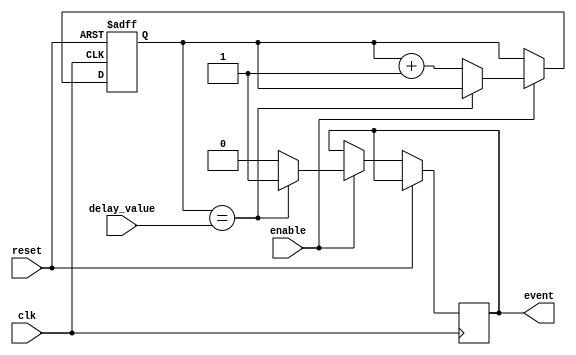
module event_timer (
    input wire clk, // Clock signal
    input wire reset, // Reset signal
    input wire enable, // Enable signal
    input wire [31:0] delay_value, // Time delay value
    output reg event // Event signal
);

reg [31:0] counter;

always @(posedge clk or posedge reset) begin
    if (reset) begin
        counter <= 0;
    end else begin
        if (enable) begin
            if (counter == delay_value) begin
                event <= 1;
            end else begin
                counter <= counter + 1;
                event <= 0;
            end
        end
    end
end

endmodule